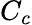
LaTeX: C_{c}